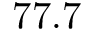
7 7 . 7